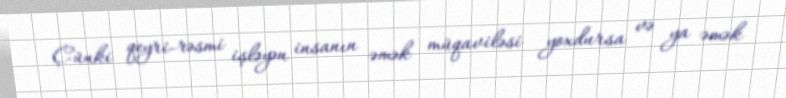
Çünki qeyri-rəsmi işləyən insanın əmək müqaviləsi yoxdursa və ya əmək